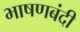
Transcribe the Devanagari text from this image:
भाषणबंदी